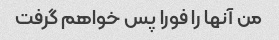
من آنها را فورا پس خواهم گرفت